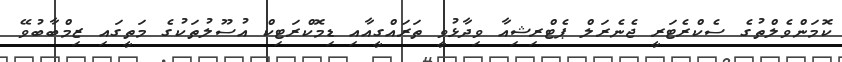
ކޮމަންވެލްތުގެ ސެކްރެޓަރީ ޖެނެރަލް ޕެޓްރިޝިއާ ވިދާޅުވީ ތަރައްގީއާއި ޑިމޮކްރަޓިކް އުސޫލުތަކުގެ މަތީގައި ޒިމްބާބުވޭ